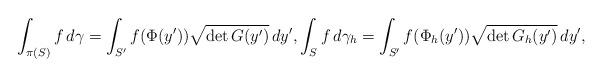
LaTeX: \begin{align*}\int_{\pi(S)} f \, d\gamma = \int_{S'} f(\Phi(y')) \sqrt{\operatorname{det} G(y')} \, dy', \int_{S} f \, d\gamma_h = \int_{S'} f(\Phi_h(y')) \sqrt{\operatorname{det} G_h(y')} \, dy',\end{align*}